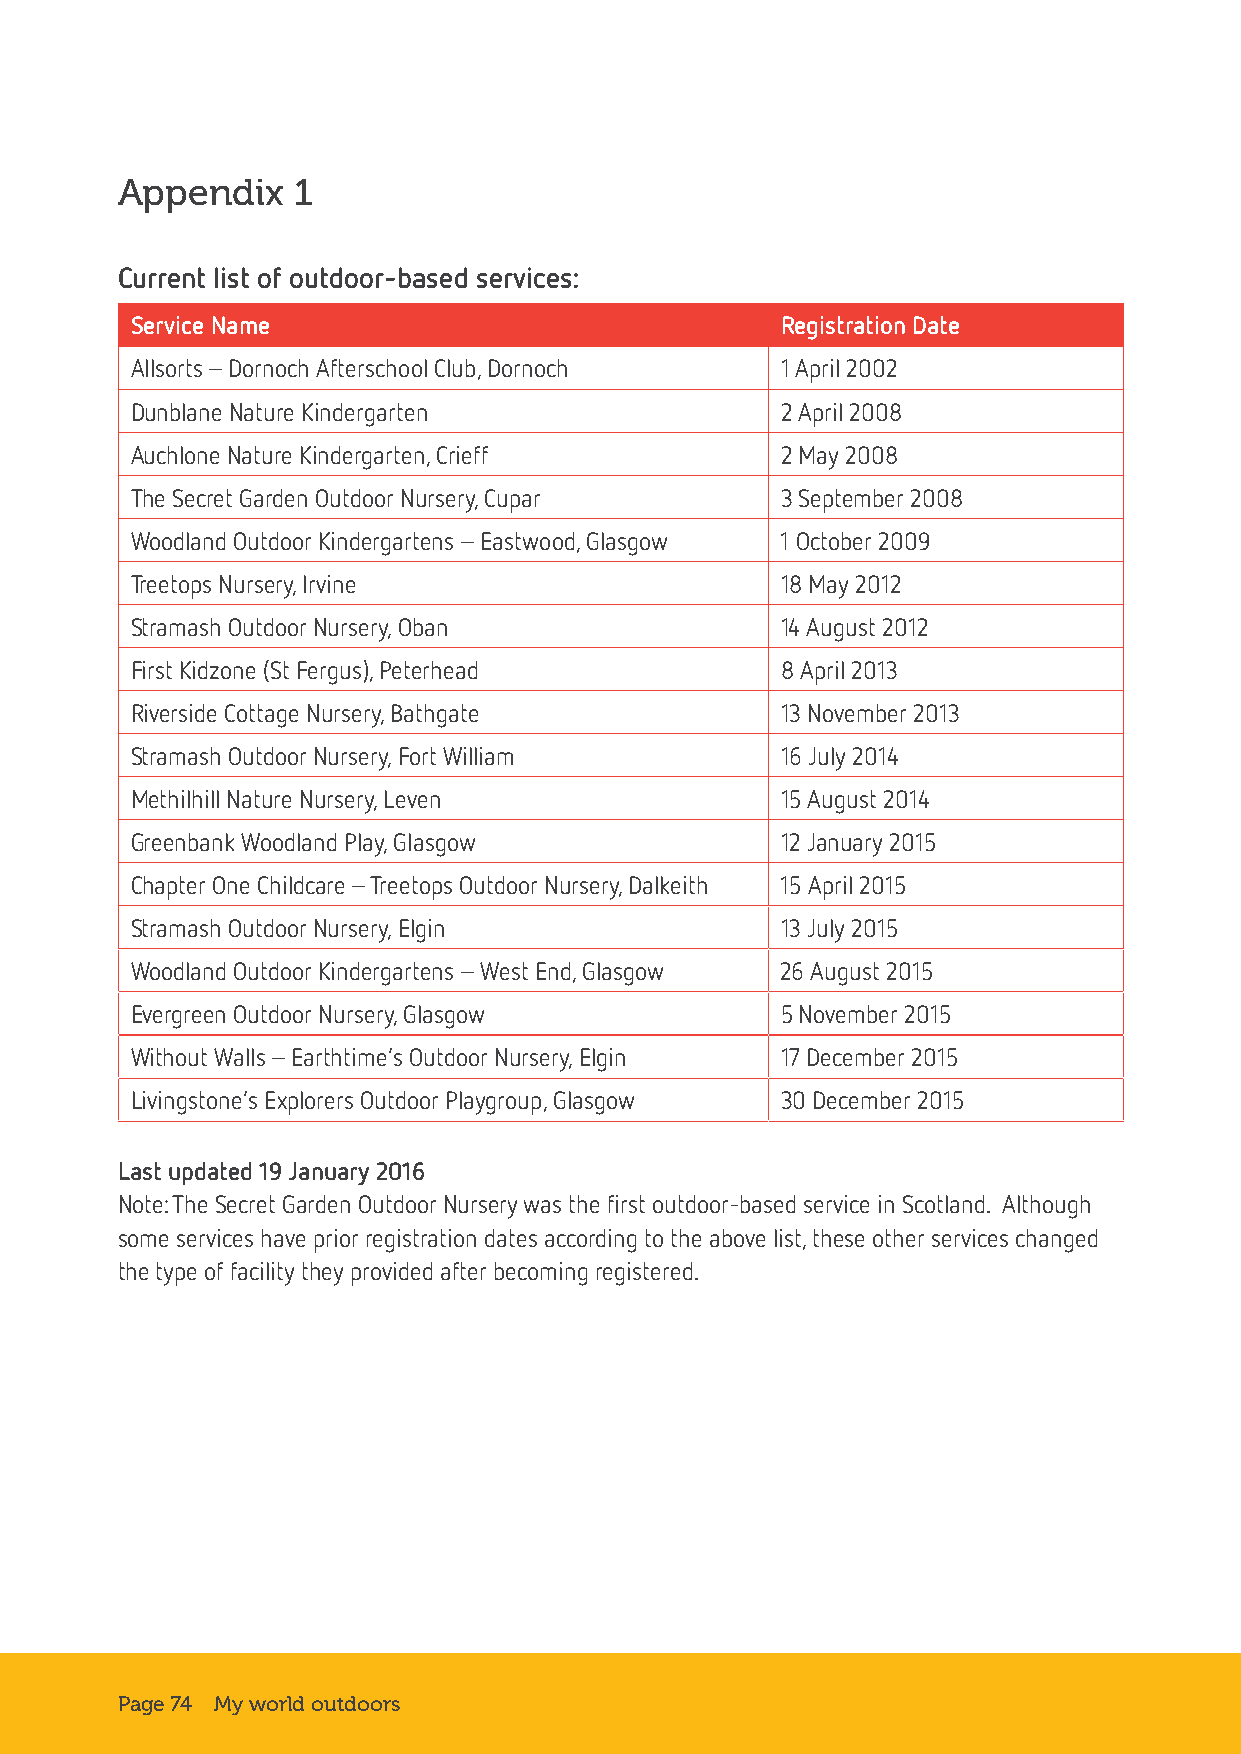
Appendix   1
 Current list of outdoor-based services:
 Service Name                               Registration Date
 Allsorts – Dornoch Afterschool Club, Dornoch 1 April 2002
 Dunblane Nature Kindergarten               2 April 2008
 Auchlone Nature Kindergarten, Crieff       2 May 2008
 The Secret Garden Outdoor Nursery, Cupar   3 September 2008
 Woodland Outdoor Kindergartens – Eastwood, Glasgow 1 October 2009
 Treetops Nursery, Irvine                   18 May 2012
 Stramash Outdoor Nursery, Oban             14 August 2012
 First Kidzone (St Fergus), Peterhead       8 April 2013
 Riverside Cottage Nursery, Bathgate        13 November 2013
 Stramash Outdoor Nursery, Fort William     16 July 2014
 Methilhill Nature Nursery, Leven           15 August 2014
 Greenbank Woodland Play, Glasgow           12 January 2015
 Chapter One Childcare – Treetops Outdoor Nursery, Dalkeith 15 April 2015
 Stramash Outdoor Nursery, Elgin            13 July 2015
 Woodland Outdoor Kindergartens – West End, Glasgow 26 August 2015
 Evergreen Outdoor Nursery, Glasgow         5 November 2015
 Without Walls – Earthtime’s Outdoor Nursery, Elgin 17 December 2015
 Livingstone’s Explorers Outdoor Playgroup, Glasgow 30 December 2015
 Last updated 19 January 2016
 Note: The Secret Garden Outdoor Nursery was the first outdoor-based service in Scotland. Although
 some services have prior registration dates according to the above list, these other services changed
 the type of facility they provided after becoming registered.
 Page 74 My world outdoors